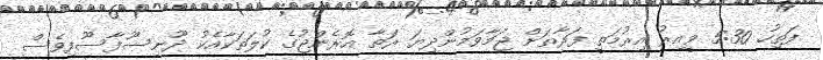
ފަތިހު 5:30 ވީއިރު އިރުމަތީ ފަރާތަށް ޖަމާވަމުންދިޔަ ރަތާ އޮރެންޖުގެ ކުލަތަކާއެކު ދޫނިސޫފާސޫފިވެސް